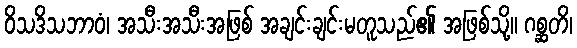
ဝိသဒိသဘာဝံ၊ အသီးအသီးအဖြစ် အချင်းချင်းမတူသည်၏ အဖြစ်သို့။ ဂစ္ဆတိ၊